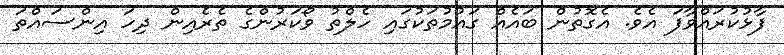
ފާޅުކުރައްވާފަ އެވެ. އެގޮތުން ބައެއް ގައުމުތަކުގައި ހެލްތު ވޯކަރުންގެ ތެރެއިން ދިހަ އިންސައްތަ